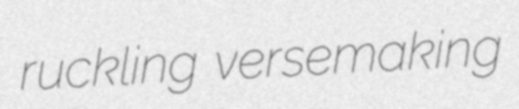
ruckling versemaking